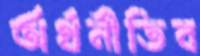
অর্থনীতিব